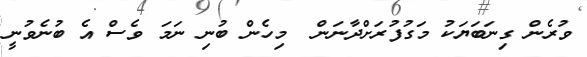
ވުރެން ގިނަބަޔަކު މަގުފުރަށްދާނަން  މިހެން ބުނި ނަމަ ވެސް އެ ބުނެވުނީ